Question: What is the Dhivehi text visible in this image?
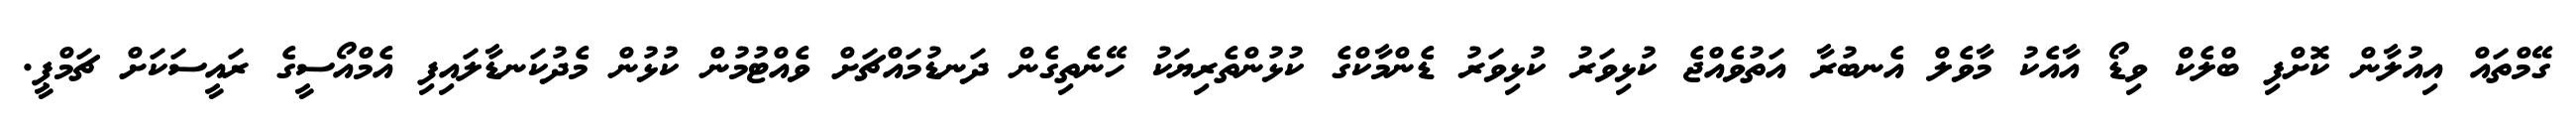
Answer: ގޭމްތައް އިއުލާން ކޮށްފި ބްލެކް ވިޑޯ އާއެކު މާވެލް އެނބުރާ އަތުވެއްޖެ ކުޅިވަރު ކުޅިވަރު ޑެންމާކްގެ ކުޅުންތެރިޔަކު ހޭނެތިގެން ދަނޑުމައްޗަށް ވެއްޓުމުން ކުޅުން މެދުކަނޑާލައިފި އެމްއޯސީގެ ރައީސަކަށް ޗަމްޕީ.